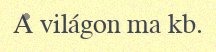
A világon ma kb.